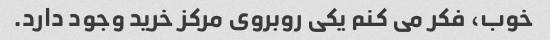
خوب، فکر می کنم یکی روبروی مرکز خرید وجود دارد.